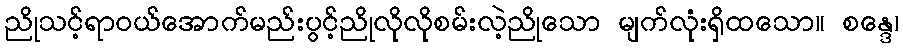
ညိုသင့်ရာဝယ်အောက်မည်းပွင့်ညိုလိုလိုစမ်းလဲ့ညိုသော မျက်လုံးရှိထသော။ စန္ဒေ၊